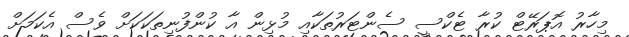
މިހާރު އޮޕަރޭޓް ކުރާ ޓެކްސީ ސެންޓަރުތަކާއި މުޅިން އާ ކުންފުނިތަކަކަށް ވެސް އެކަމަށް